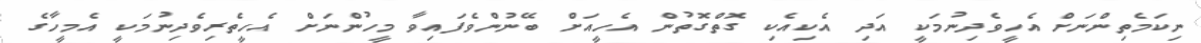
ނިކަމެތިންނަށް އެހީވެދިނުމަކީ އަދި އެކިއެކި ގޮތްގޮތުން އެހީއަށް ބޭނުންވެފައިވާ މީހުންނަށް އެހީތެރިވެދިނުމަކީ އެމީހާގެ